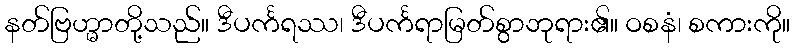
နတ်ဗြဟ္မာတို့သည်။ ဒီပင်္ကရဿ၊ ဒီပင်္ကရာမြတ်စွာဘုရား၏။ ဝစနံ၊ စကားကို။